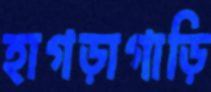
হাগড়াগাড়ি